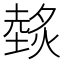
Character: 𱬁